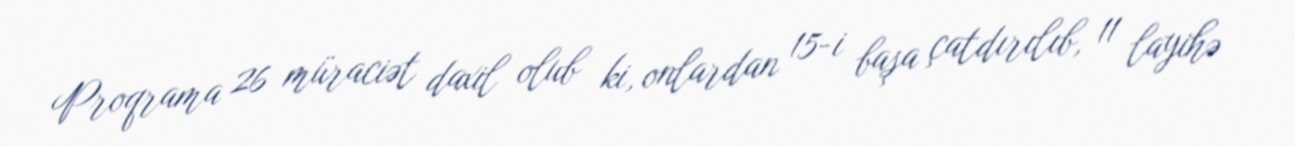
Proqrama 26 müraciət daxil olub ki, onlardan 15-i başa çatdırılıb, 11 layihə